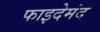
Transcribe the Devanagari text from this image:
फाइदेमंद